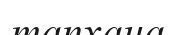
тапхана